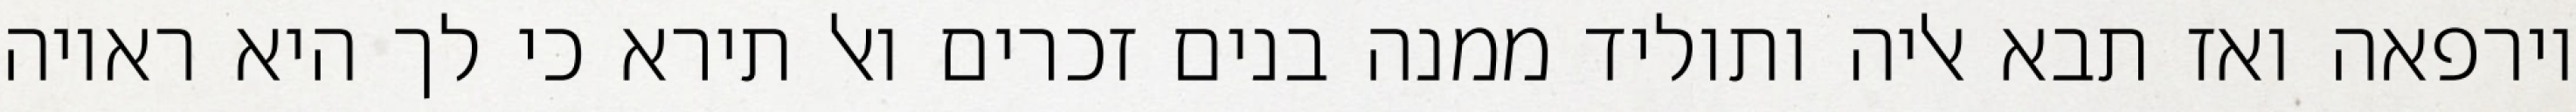
וירפאה ואז תבא אליה ותוליד ממנה בנים זכרים ואל תירא כי לך היא ראויה